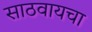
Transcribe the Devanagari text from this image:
साठवायचा